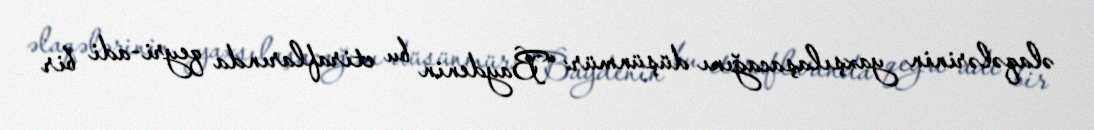
əlaqələrinin yaxşılaşacağını düşünmür: “Baydenin bu etiraflarında qeyri-adi bir